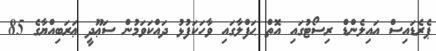
ޕެރެޑައިސް އައިލެންޑް ރިސޯޓުގައި އޮތް ޙަފްލާގައި ވާހަކަފުޅު ދައްކަވަމުން ސަޢޫދީ ޢަރަބިއްޔާގެ 85